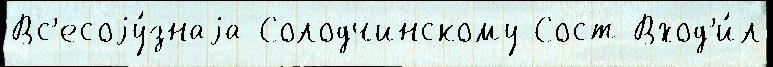
Вс'есоjу́знаjа Солодчинскому Сост Вход'и́л